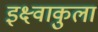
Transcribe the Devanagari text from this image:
इक्ष्वाकुला